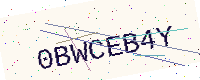
Text: 0BWCEB4Y